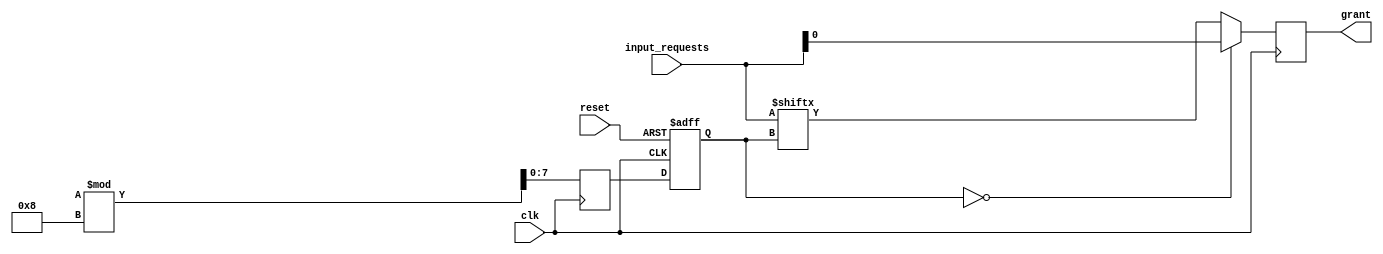
module random_arbiter (
    input wire clk,
    input wire reset,
    input wire [N-1:0] input_requests,
    output wire grant
);

parameter N = 8; // Number of input requests
reg [N-1:0] selected_input;
reg [N-1:0] next_input;

// Random number generator
always @(posedge clk or posedge reset) begin
    if (reset) begin
        selected_input <= 0;
    end else begin
        selected_input <= next_input;
    end
end

// Arbiter logic
always @(posedge clk) begin
    if (selected_input == 0) begin
        grant <= input_requests[0];
    end else begin
        grant <= input_requests[selected_input];
    end

    // Generate random number for next input request
    next_input <= $random % N;
end

endmodule